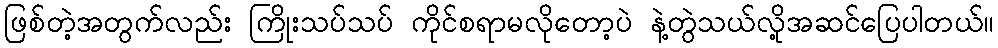
ဖြစ်တဲ့အတွက်လည်း ကြိုးသပ်သပ် ကိုင်စရာမလိုတော့ပဲ နဲ့တွဲသယ်လို့အဆင်ပြေပါတယ်။